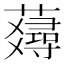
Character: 𧂇